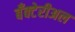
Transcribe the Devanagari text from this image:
बँक्टेरीअल